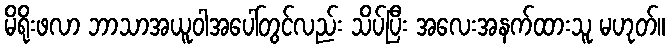
မိရိုးဖလာ ဘာသာအယူဝါအပေါ်တွင်လည်း သိပ်ပြီး အလေးအနက်ထားသူ မဟုတ်။